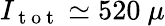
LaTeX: I_{\mathrm{~t~o~t~}}\simeq 520~\mu